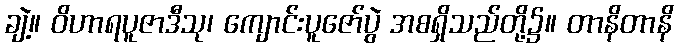
ချဲ့။ ဝိဟာရပူဇာဒီသု၊ ကျောင်းပူဇော်ပွဲ အစရှိသည်တို့၌။ တာနိတာနိ